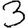
Digit: 3